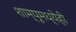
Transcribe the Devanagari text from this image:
शाम्पूमध्येही